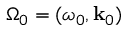
\boldsymbol { \Omega } _ { 0 } = ( \omega _ { 0 } , \mathbf { k } _ { 0 } )